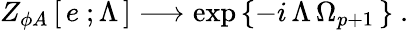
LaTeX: Z_{\phi A}\left[\, e\ ;\Lambda\, \right]\longrightarrow\exp\left\{ -i\, \Lambda\, \Omega_{p+1}\, \right\} \ .